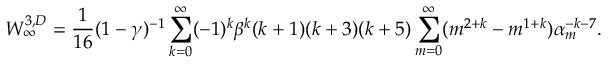
W _ { \infty } ^ { 3 , D } = { \frac { 1 } { 1 6 } } ( 1 - \gamma ) ^ { - 1 } \sum _ { k = 0 } ^ { \infty } ( - 1 ) ^ { k } \beta ^ { k } ( k + 1 ) ( k + 3 ) ( k + 5 ) \sum _ { m = 0 } ^ { \infty } ( m ^ { 2 + k } - m ^ { 1 + k } ) \alpha _ { m } ^ { - k - 7 } .